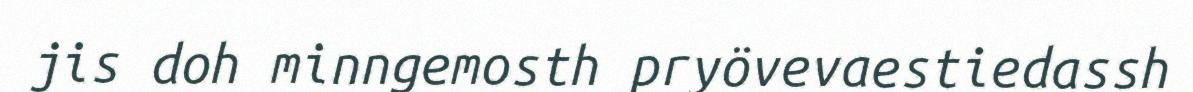
jis doh minngemosth pryövevaestiedassh